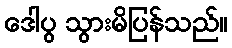
ဒေါပွ သွားမိပြန်သည်။